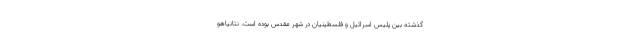
گذشته بین پلیس اسرائیل و فلسطینیان در شهر مقدس بوده است. نتانیاهو